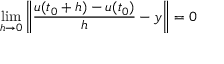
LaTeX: \operatorname* { l i m } _ { h \to 0 } \left\| { \frac { u ( t _ { 0 } + h ) - u ( t _ { 0 } ) } { h } } - y \right\| = 0